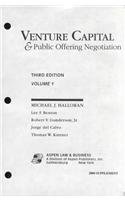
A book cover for Venture Capital & Public Offering Negotiation; Michael J. Halloran; Law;